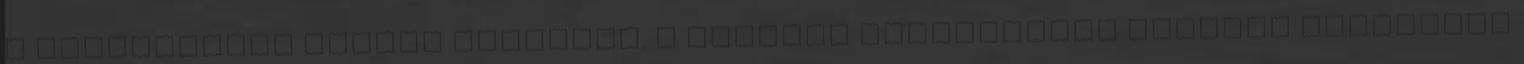
a küszöbérték alatti üzemekre. A korábbi szabályozás hatálya kizárólag